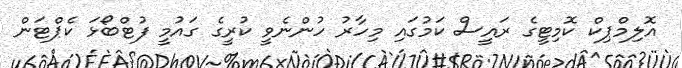
އޮލިމްޕިކް ކޮމިޓީގެ ރައީސް ކަމުގައި މިހާރު ހުންނެވީ ކުރީގެ ގައުމީ ފުޓްބޯޅަ ކެޕްޓަން